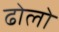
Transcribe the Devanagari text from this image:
ढोलो